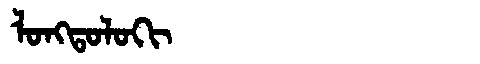
Manchu: ᠯᠣᠩᡨᠣᠯᠣᡴᡳ
Romanization: LONGTOLOKI